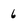
Character: 6